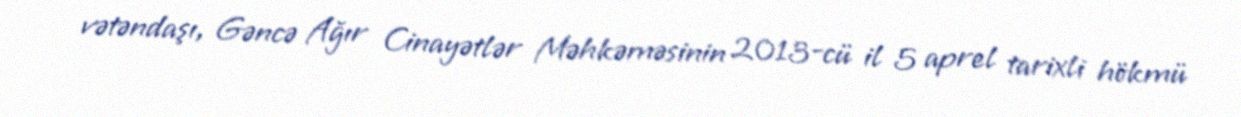
vətəndaşı, Gəncə Ağır Cinayətlər Məhkəməsinin 2013-cü il 5 aprel tarixli hökmü